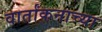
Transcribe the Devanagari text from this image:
वार्तांकनाच्या